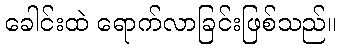
ခေါင်းထဲ ရောက်လာခြင်းဖြစ်သည်။